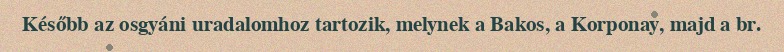
Később az osgyáni uradalomhoz tartozik, melynek a Bakos, a Korponay, majd a br.